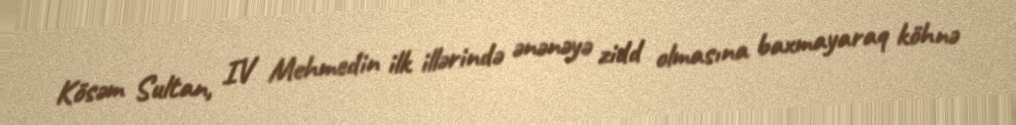
Kösəm Sultan, IV Mehmedin ilk illərində ənənəyə zidd olmasına baxmayaraq köhnə